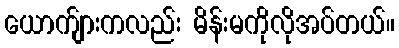
ယောက်ျားကလည်း မိန်းမကိုလိုအပ်တယ်။